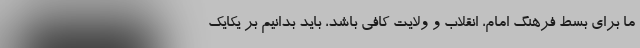
ما برای بسط فرهنگ امام، انقلاب و ولایت کافی باشد، باید بدانیم بر یکایک